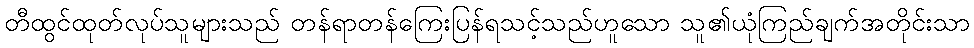
တီထွင်ထုတ်လုပ်သူများသည် တန်ရာတန်ကြေးပြန်ရသင့်သည်ဟူသော သူ၏ယုံကြည်ချက်အတိုင်းသာ